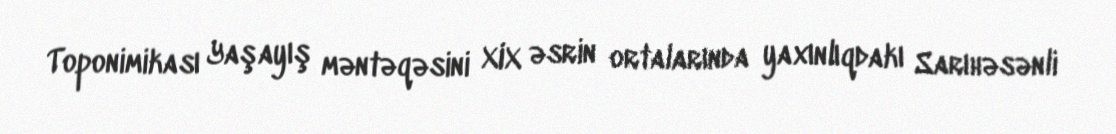
Toponimikası Yaşayış məntəqəsini XIX əsrin ortalarında yaxınlıqdakı Sarıhəsənli